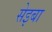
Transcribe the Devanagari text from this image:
सेइबा